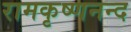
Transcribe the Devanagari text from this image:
रामकृष्णनन्द